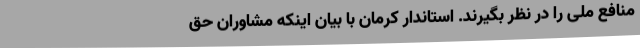
منافع ملی را در نظر بگیرند. استاندار کرمان با بیان اینکه مشاوران حق